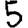
Digit: 5